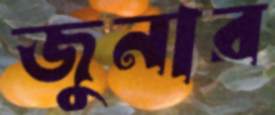
জুনার